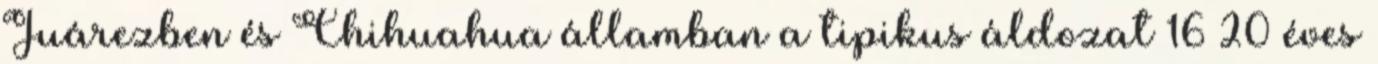
Juárezben és Chihuahua államban a tipikus áldozat 16–20 éves